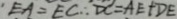
E A = E C \therefore D C = A E + D E